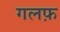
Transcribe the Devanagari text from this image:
गलफ़